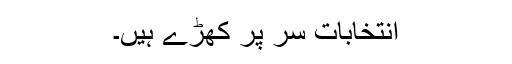
انتخابات سر پر کھڑے ہیں۔